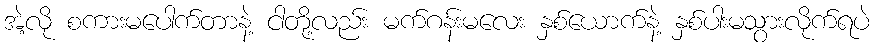
အဲ့လို စကားမပေါက်တာနဲ့ ငါတို့လည်း မက်ဂန်းမလေး နှစ်ယောက်နဲ့ နှစ်ပါးမသွားလိုက်ရပဲ